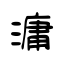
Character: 滽